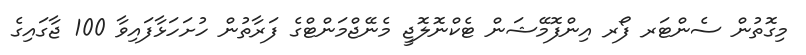
މިގޮތުން ސެންޓަރ ފޯރ އިންފޮމޭޝަން ޓެކްނޮލޮޖީ މެނޭޖްމަންޓްގެ ފަރާތުން ހުށަހަޅާފައިވާ 100 ޖާގައިގެ